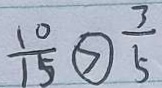
\frac { 1 0 } { 1 5 } \textcircled { > } \frac { 3 } { 5 }